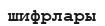
шифрлары